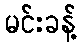
မင်းခန့်